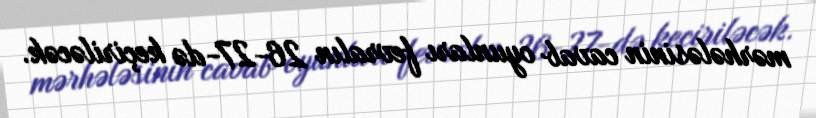
mərhələsinin cavab oyunları fevralın 26-27-də keçiriləcək.